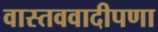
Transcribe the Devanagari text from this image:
वास्तववादीपणा